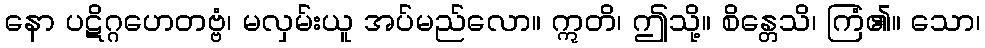
နော ပဋိဂ္ဂဟေတဗ္ဗံ၊ မလှမ်းယူ အပ်မည်လော။ ဣတိ၊ ဤသို့။ စိန္တေသိ၊ ကြံ၏။ သော၊